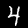
Digit: 4